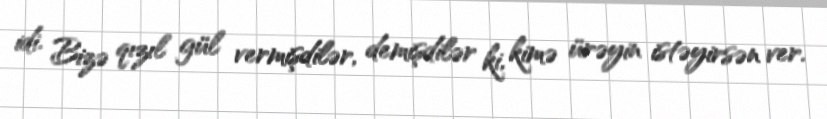
idi. Bizə qızıl gül vermişdilər, demişdilər ki, kimə ürəyin istəyirsən ver.